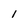
Character: 1